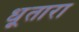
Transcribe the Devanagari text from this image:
धूतारा